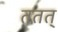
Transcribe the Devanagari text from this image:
ततत्‌